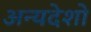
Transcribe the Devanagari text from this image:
अन्यदेशो